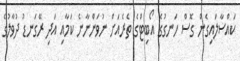
ކައްސާލައިގެން ގޮސް ހަނގުގެ އޯބިޓްގެ ތެރެއަށް ނުވަންނާނެ ކަމާއި އަދި ރޭގަނޑު ދުވާލުގެ